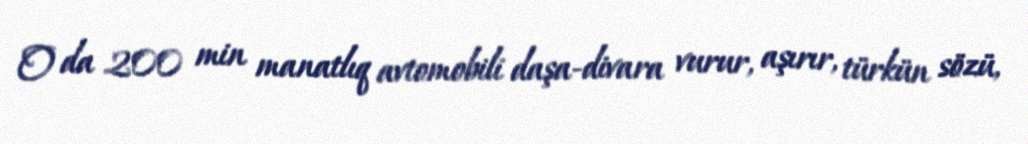
O da 200 min manatlıq avtomobili daşa-divara vurur, aşırır, türkün sözü,